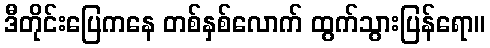
ဒီတိုင်းပြေကနေ တစ်နှစ်လောက် ထွက်သွားပြန်ရော။